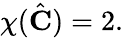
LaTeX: \chi({\hat{\mathbf{C}}})=2.